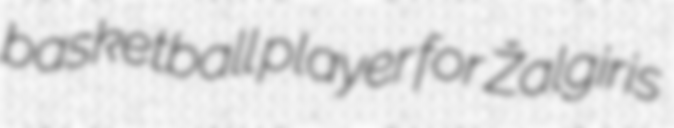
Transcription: basketball player for Žalgiris